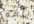
أمه